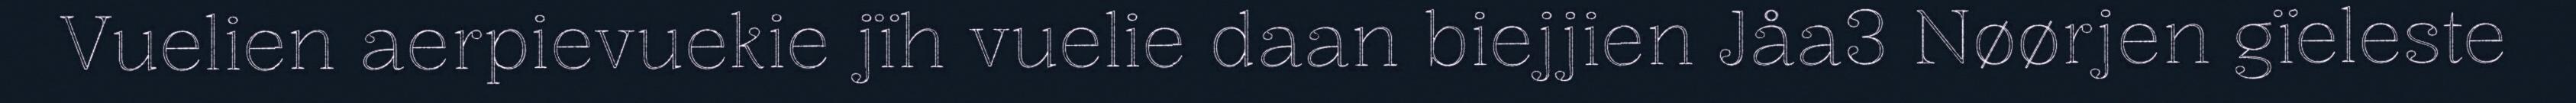
Vuelien aerpievuekie jïh vuelie daan biejjien Jåa3 Nøørjen gïeleste